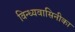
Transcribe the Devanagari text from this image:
विन्ध्यवासिनीका